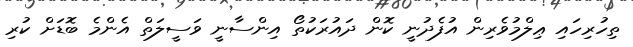
ތިހުރިހައި ޢިލްމުވެރިން އުފެދުނީ ކޮން ދައުރަކުތޯ އިންސާނީ ވަސީލަތް އެންމެ ބޮޑަށް ކުރި